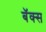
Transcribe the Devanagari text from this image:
बॅक्स